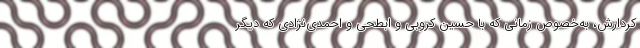
کردارش، به‌خصوص زمانی که با حسین کروبی و ابطحی و احمدی‌نژادی که دیگر